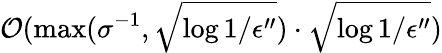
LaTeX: \mathcal{O}(\operatorname*{max}(\sigma^{-1},\sqrt{\log{1/\epsilon^{\prime\prime}}})\cdot\sqrt{\log{1/\epsilon^{\prime\prime}}})